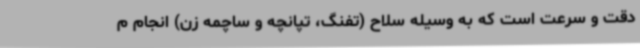
دقت و سرعت است که به وسیله سلاح (تفنگ، تپانچه و ساچمه زن) انجام م